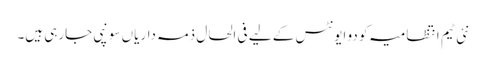
نئی ٹیم انتظامیہ کو دو ایونٹس کے لیے فی الحال ذمہ داریاں سونپی جارہی ہیں۔